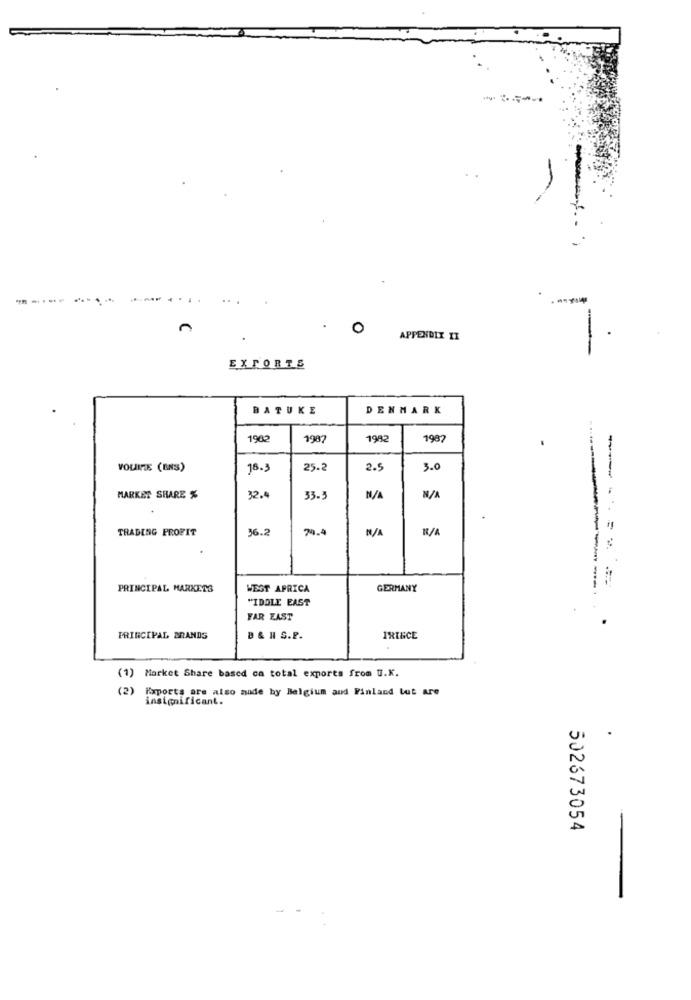
-
APPENDIX II
EXPORTS
BATUKE
DENMARK
1982
1987
1982
1987
VOUINTE (ENS)
18.3
25.2
2.5
3.0
MARKET SHARE %
32.4
33-3
TRADING PROFIT
36.2
74.4
--------
PRINCIPAL MARKETS
WEST AFRICA
GERMANY
-----------.
"IDOLE EAST
FAR EAST
PRINCIPAL BRANDS
B&HS.P.
PRINCE
(1) Market Share based ca total exports from U.K.
(2)
Exports are also made by Belgium and Finland tut are
insignificant.
.
502673054